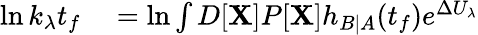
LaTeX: \begin{array}{rl}{\ln k_{\lambda}t_{f}}&{{}=\ln\int D[\mathbf{X}]P[\mathbf{X}]h_{B|A}(t_{f})e^{\Delta U_{\lambda}}}\end{array}